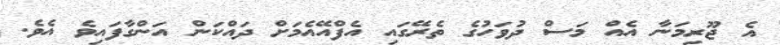
އެ ޖޫރިމަނާ އެއް މަސް ދުވަހުގެ ތެރޭގައި އެފްއޭއެމަށް ދައްކަން އަންގާފައިވެ އެވެ.